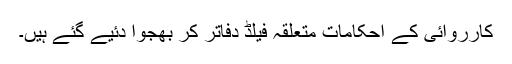
کارروائی کے احکامات متعلقہ فیلڈ دفاتر کر بھجوا دئیے گئے ہیں۔